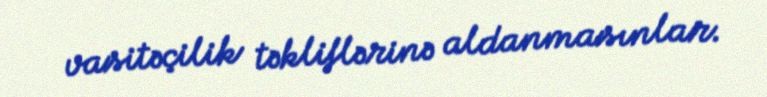
vasitəçilik təkliflərinə aldanmasınlar.